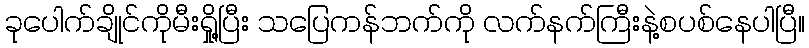
ခုပေါက်ချိုင်ကိုမီးရှို့ပြီး သပြေကန်ဘက်ကို လက်နက်ကြီးနဲ့စပစ်နေပါပြီ။